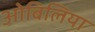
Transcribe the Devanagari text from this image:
ओबिलिया